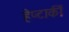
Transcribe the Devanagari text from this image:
हेप्टार्की